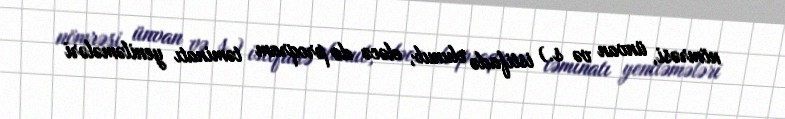
nömrəsi, ünvan və s.) istifadə olunub, eləcə də proqram təminatı yeniləmələri